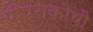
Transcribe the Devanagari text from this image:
पीपराकोथी